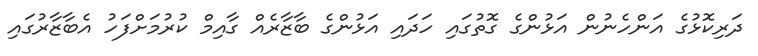
ދަރިކޮޅުގެ އަންހެނުން އަޅުންގެ ގޮތުގައި ހަދައި އަޅުންގެ ބާޒާރެއް ގާއިމް ކުރުމަށްފަހު އެބާޒާރުގައި